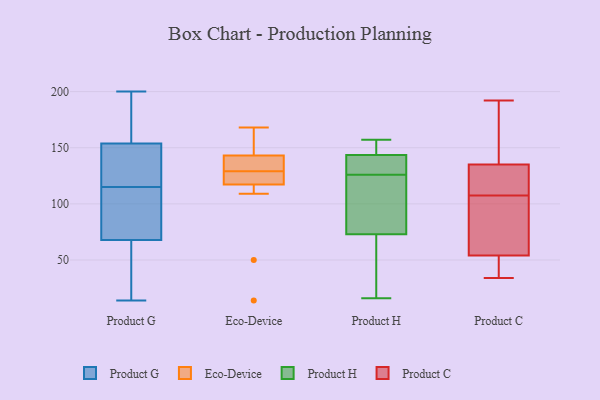
{"axis": {"x": "Shipments", "y": "Value"}, "legend": ["Eco-Device", "Product C", "Product G", "Product H"], "data": [{"x": "", "y": 190, "type": "Product G"}, {"x": "", "y": 85, "type": "Product G"}, {"x": "", "y": 76, "type": "Product G"}, {"x": "", "y": 115, "type": "Product G"}, {"x": "", "y": 43, "type": "Product G"}, {"x": "", "y": 34, "type": "Product G"}, {"x": "", "y": 145, "type": "Product G"}, {"x": "", "y": 165, "type": "Product G"}, {"x": "", "y": 150, "type": "Product G"}, {"x": "", "y": 125, "type": "Product G"}, {"x": "", "y": 14, "type": "Product G"}, {"x": "", "y": 107, "type": "Product G"}, {"x": "", "y": 200, "type": "Product G"}, {"x": "", "y": 50, "type": "Eco-Device"}, {"x": "", "y": 129, "type": "Eco-Device"}, {"x": "", "y": 14, "type": "Eco-Device"}, {"x": "", "y": 109, "type": "Eco-Device"}, {"x": "", "y": 139, "type": "Eco-Device"}, {"x": "", "y": 154, "type": "Eco-Device"}, {"x": "", "y": 140, "type": "Eco-Device"}, {"x": "", "y": 146, "type": "Eco-Device"}, {"x": "", "y": 123, "type": "Eco-Device"}, {"x": "", "y": 142, "type": "Eco-Device"}, {"x": "", "y": 120, "type": "Eco-Device"}, {"x": "", "y": 124, "type": "Eco-Device"}, {"x": "", "y": 168, "type": "Eco-Device"}, {"x": "", "y": 65, "type": "Product H"}, {"x": "", "y": 93, "type": "Product H"}, {"x": "", "y": 144, "type": "Product H"}, {"x": "", "y": 81, "type": "Product H"}, {"x": "", "y": 37, "type": "Product H"}, {"x": "", "y": 152, "type": "Product H"}, {"x": "", "y": 127, "type": "Product H"}, {"x": "", "y": 143, "type": "Product H"}, {"x": "", "y": 125, "type": "Product H"}, {"x": "", "y": 127, "type": "Product H"}, {"x": "", "y": 16, "type": "Product H"}, {"x": "", "y": 157, "type": "Product H"}, {"x": "", "y": 139, "type": "Product C"}, {"x": "", "y": 34, "type": "Product C"}, {"x": "", "y": 85, "type": "Product C"}, {"x": "", "y": 136, "type": "Product C"}, {"x": "", "y": 45, "type": "Product C"}, {"x": "", "y": 74, "type": "Product C"}, {"x": "", "y": 192, "type": "Product C"}, {"x": "", "y": 63, "type": "Product C"}, {"x": "", "y": 130, "type": "Product C"}, {"x": "", "y": 130, "type": "Product C"}, {"x": "", "y": 38, "type": "Product C"}, {"x": "", "y": 134, "type": "Product C"}]}